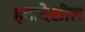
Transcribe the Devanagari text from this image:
हवादेखील